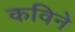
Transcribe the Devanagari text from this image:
कविने